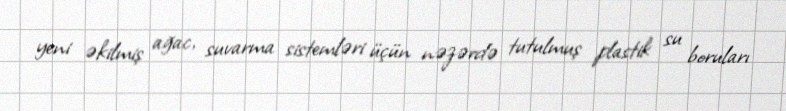
yeni əkilmiş ağac, suvarma sistemləri üçün nəzərdə tutulmuş plastik su boruları